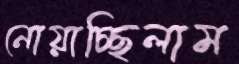
নোয়াচ্ছিলাম